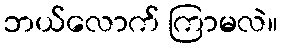
ဘယ်လောက် ကြာမလဲ။